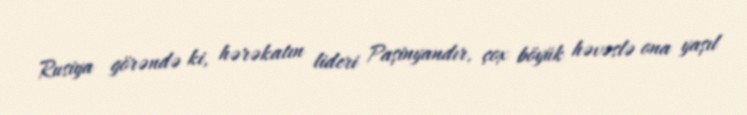
Rusiya görəndə ki, hərəkatın lideri Paşinyandır, çox böyük həvəslə ona yaşıl